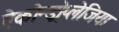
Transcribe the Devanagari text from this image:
ऐकोन्ड्रोप्लेजिया